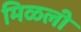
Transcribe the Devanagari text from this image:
मिळली